system: You are a helpful assistant.
user:
Analyze the provided spectrum to determine if it is a **Carbon Star (C-type)**.

- **Key Visual Indicators of Carbon Star:**
    - **(Primary):** Strong molecular absorption from **C₂ (diatomic carbon) "Swan Bands."** This is the **defining feature** of a carbon star.
        - **(Key Bandheads):** Sharp absorption edges are visible at approximately $5635$ Å, $5165$ Å (the strongest band), and $4737$ Å.
        - **(Line Profile):** Creates a distinct **"saw-tooth"** pattern. The key morphology is a sharp, steep bandhead on the **red (long-wavelength) side**, which then gradually tapers off (i.e., flux recovers) towards the **blue (short-wavelength) side**. *(This is the direct opposite of the TiO bands seen in M-type stars)*.

    - **(Secondary):** Intense **CN (cyanogen)** molecular absorption bands.
        - **(Key Bandheads):** Located in the blue and violet regions of the spectrum (e.g., near $4215$ Å and $3883$ Å).
        - **(Morphology):** These bands are extremely broad and act as a "blanket," absorbing the vast majority of blue and violet light. This creates a characteristic **"cliff"** or **"steep drop-off"** in the spectrum's flux at short wavelengths.

    - **(Key Confirmation):** Strong **CH absorption band (G-band)**.
        - **(Key Bandhead):** Located around $4300$ Å. The contribution from CH molecules to this band is exceptionally strong.

    - **(Overall Spectrum):**
        - The continuum is severely "chopped up" by these deep molecular bands, especially C₂, rather than appearing as a smooth curve.
        - Due to the heavy CN and C₂ absorption in the blue-green, the vast majority of the star's flux is concentrated in the red part of the spectrum, giving the star its characteristic deep red color.

Think first, call **spectral_visualization_tool** if needed to examine features in detail, then provide your final answer. Your response must adhere to the following strict rules:
1.  **Overall Structure:** Your response must follow the format `<think>...</think> <tool_call>...</tool_call> (if a tool is used) <answer>...</answer>`.
2.  **Tool Usage Constraint:** You may only make **one** tool call per turn.
3.  **Final Answer Format:** In the `<answer>` tag, your conclusion must be inside a `\boxed{}` command (e.g., `\boxed{YES}`), followed by your justification.

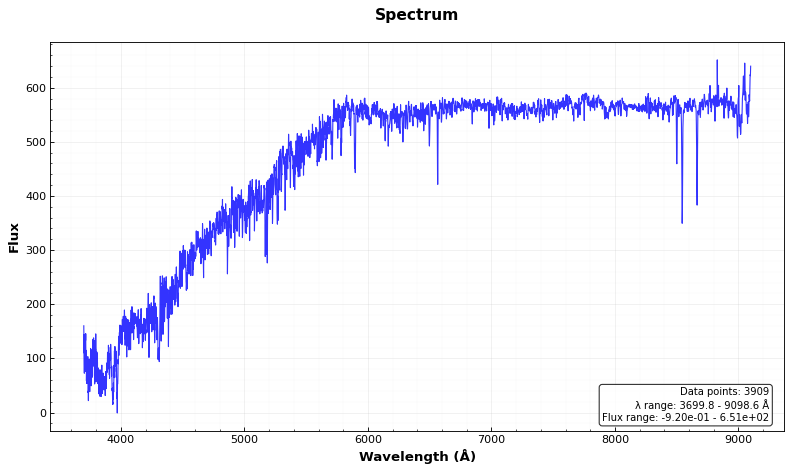
Answer: NO